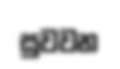
සුවවන